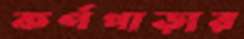
কর্ণপাড়ার